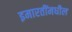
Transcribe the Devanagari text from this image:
इमारतींमधील